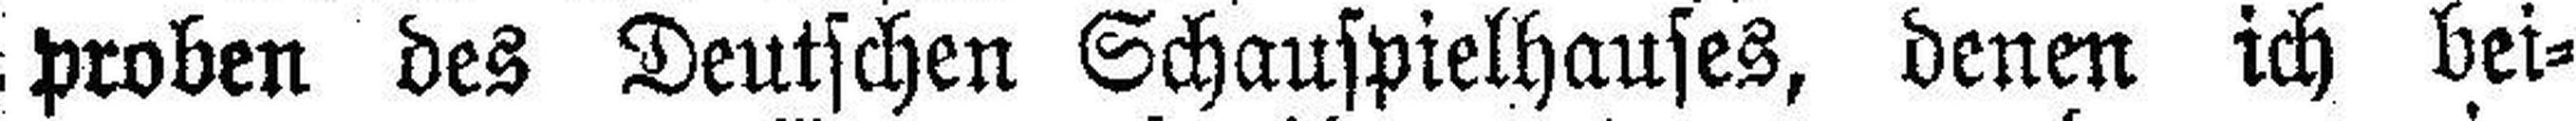
proben des Deutschen Schauspielhauses, denen ich bei¬